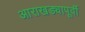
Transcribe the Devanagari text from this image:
आराखड्यापूर्वी